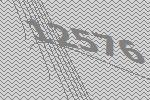
12576